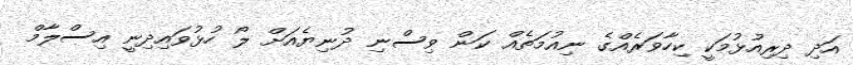
އަދި ދިރިއުޅުމަކީ ކިހާވަރެއްގެ ނިއުމަތެއް ކަން ވިސްނި ދުނިޔެއަށް ލޯ ހުޅުވައިދިނީ އިސްލާމް